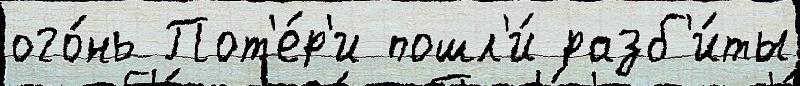
ого́нь Пот'е́р'и пошл'и́ разб'и́ты